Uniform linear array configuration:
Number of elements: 12
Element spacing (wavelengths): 0.25
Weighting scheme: uniform
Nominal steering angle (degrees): -45
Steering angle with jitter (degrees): -46.427
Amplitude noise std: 0.05
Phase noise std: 0.05

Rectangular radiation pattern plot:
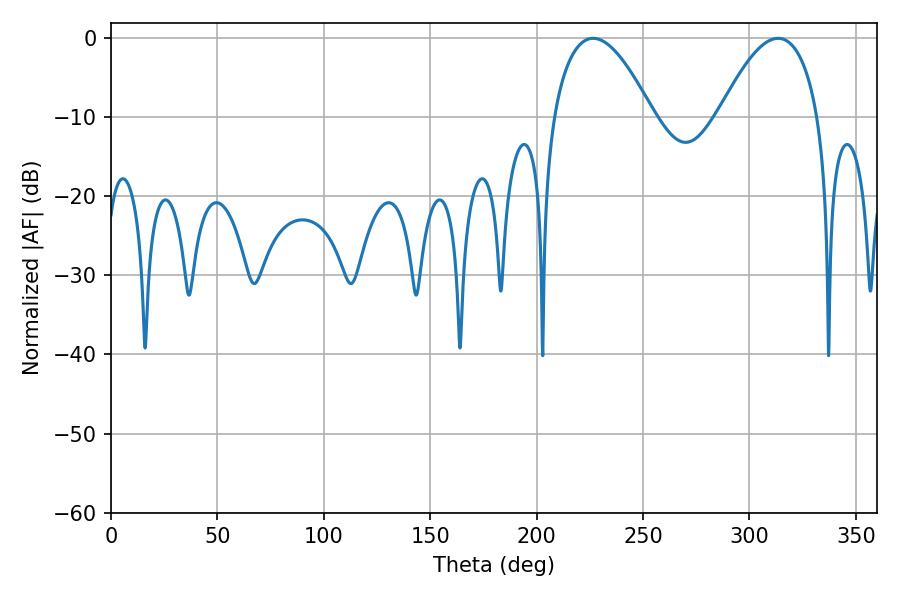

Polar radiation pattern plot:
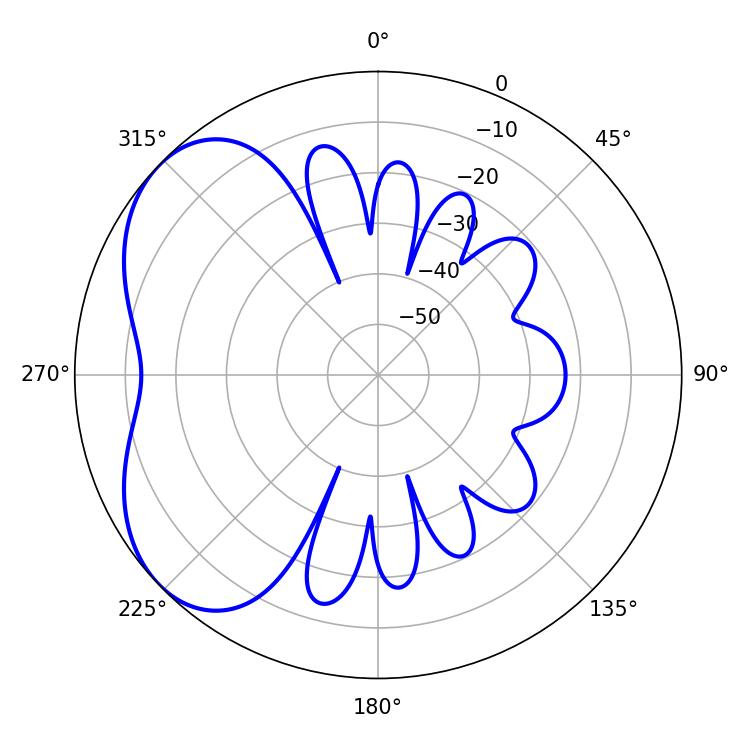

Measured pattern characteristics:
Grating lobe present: FALSE
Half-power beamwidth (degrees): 25.74
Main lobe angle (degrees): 226.62